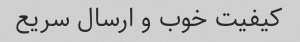
کیفیت خوب و‌ ارسال سریع